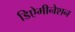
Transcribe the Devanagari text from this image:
डिऐमीनेशन